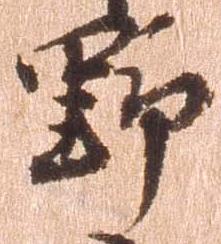
野